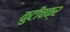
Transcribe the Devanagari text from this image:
कुटीचक्र